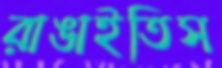
রাঙাইতিস